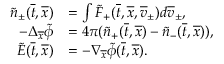
\begin{array} { r l } { \tilde { n } _ { \pm } ( \overline { t } , \overline { x } ) } & { = \int \tilde { F } _ { + } ( \overline { t } , \overline { x } , \overline { v } _ { \pm } ) d \overline { v } _ { \pm } , } \\ { - \Delta _ { \overline { x } } \tilde { \phi } } & { = 4 \pi ( \tilde { n } _ { + } ( \overline { t } , \overline { x } ) - \tilde { n } _ { - } ( \overline { t } , \overline { x } ) ) , } \\ { \tilde { E } ( \overline { t } , \overline { x } ) } & { = - \nabla _ { \overline { x } } \tilde { \phi } ( \overline { t } , \overline { x } ) . } \end{array}